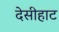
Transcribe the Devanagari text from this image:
देसीहाट